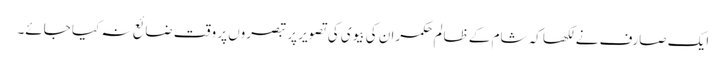
ایک صارف نے لکھا کہ شام کے ظالم حکمران کی بیوی کی تصویر پر تبصروں پر وقت ضائع نہ کیا جائے۔